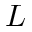
L